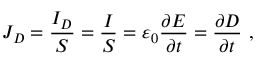
J _ { D } = { \frac { I _ { D } } { S } } = { \frac { I } { S } } = \varepsilon _ { 0 } { \frac { \partial E } { \partial t } } = { \frac { \partial D } { \partial t } } \ ,